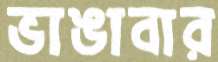
ভাঙাবার